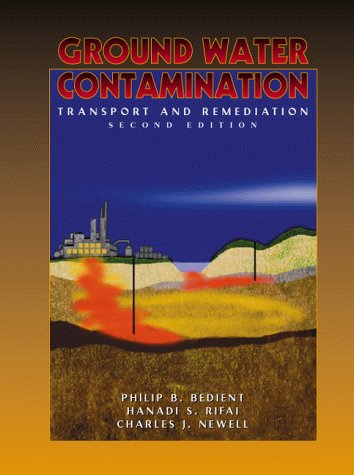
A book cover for Ground Water Contamination: Transport and Remediation (2nd Edition); Philip B. Bedient; Science & Math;